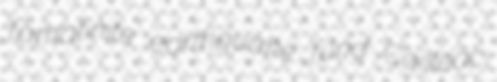
famatinite earthquake fund Cailleac